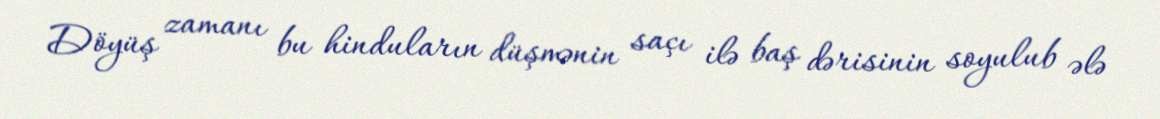
Döyüş zamanı bu hinduların düşmənin saçı ilə baş dərisinin soyulub ələ